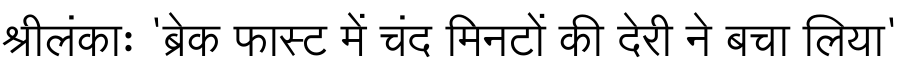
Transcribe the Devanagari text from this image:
श्रीलंकाः 'ब्रेक फास्ट में चंद मिनटों की देरी ने बचा लिया'